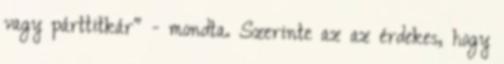
vagy párttitkár" - mondta. Szerinte az az érdekes, hogy